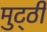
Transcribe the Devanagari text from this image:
मुट्‌ठी